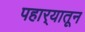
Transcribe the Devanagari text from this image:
पहार्‍यातून